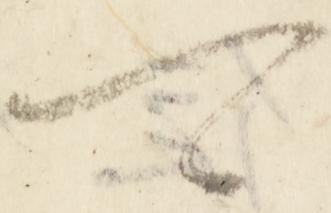
可